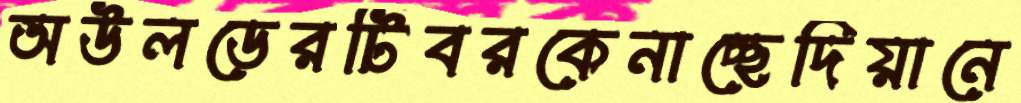
অউলডেরটিবরকেনাচ্ছেদিয়ানে